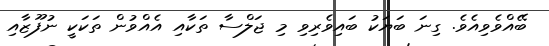
ބޭއްވެވިއެވެ. ގިނަ ބަޔަކު ބައިވެރިވި މި ޖަލްސާ ތަކާއި އެއްވުން ތަކަކީ ނުފޫޒާއި